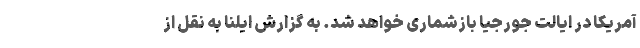
آمریکا در ایالت جورجیا بازشماری خواهد شد. به گزارش ایلنا به نقل از